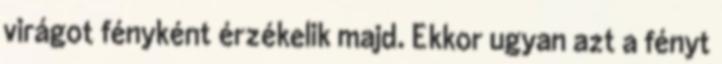
virágot fényként érzékelik majd. Ekkor ugyan azt a fényt